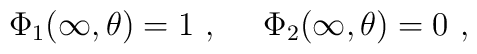
\Phi_1(\infty,\theta)=1\ , \ \ \ \ \Phi_2(\infty,\theta)=0 \ ,